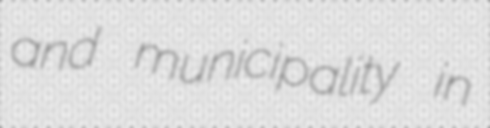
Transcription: and municipality in